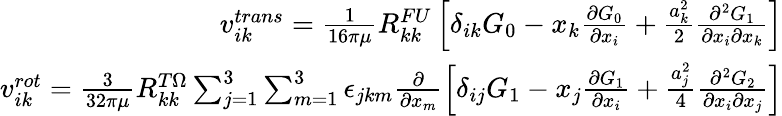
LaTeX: \begin{array}{r}{v_{ik}^{trans}=\frac{1}{16\pi\mu}R_{kk}^{FU}\left[\delta_{ik}G_{0}-x_{k}\frac{\partial G_{0}}{\partial x_{i}}+\frac{a_{k}^{2}}{2}\frac{\partial^{2}G_{1}}{\partial x_{i}\partial x_{k}}\right]}\\ {v_{ik}^{rot}=\frac{3}{32\pi\mu}R_{kk}^{T\Omega}\sum_{j=1}^{3}\sum_{m=1}^{3}\epsilon_{jkm}\frac{\partial}{\partial x_{m}}\left[\delta_{ij}G_{1}-x_{j}\frac{\partial G_{1}}{\partial x_{i}}+\frac{a_{j}^{2}}{4}\frac{\partial^{2}G_{2}}{\partial x_{i}\partial x_{j}}\right]}\end{array}